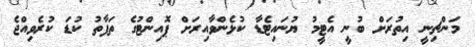
މަންޗިނީ އިތުރަށް ބުނީ އެޓީމު ޔުނައިޓެޑާ ކުޅެންވާއިރަށް ޕޮއިންޓުގެ ތަފާތު ކުޑަ ކުރެވިއްޖެ